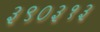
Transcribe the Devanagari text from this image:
३९०३१३